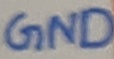
Text: GND